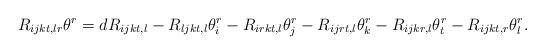
LaTeX: \begin{align*} R_{ijkt, lr}\theta^r = d R_{ijkt, l}-R_{ljkt, l}\theta^r_i-R_{irkt, l}\theta^r_j-R_{ijrt, l}\theta^r_k-R_{ijkr, l}\theta^r_t-R_{ijkt, r}\theta^r_l. \end{align*}